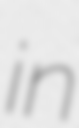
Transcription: in